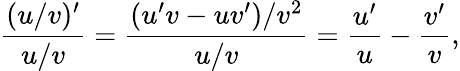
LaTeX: {\frac{(u/v)^{\prime}}{u/v}}={\frac{(u^{\prime}v-uv^{\prime})/v^{2}}{u/v}}={\frac{u^{\prime}}{u}}-{\frac{v^{\prime}}{v}},